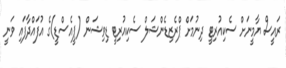
ރައީސް ޔާމީނަށް ސެކިއުރިޓީ ދިނުމަށް ޕްރެޒިޑެންޝަލް ސެކިއުރިޓީ ޑިވިޝަން (ޕީއެސްޑީ)ގެ އުފައްދާފައި ވަނީ